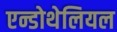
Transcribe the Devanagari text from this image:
एन्डोथेलियल